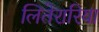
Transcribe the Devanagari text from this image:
लितेरारिया